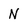
Character: N